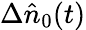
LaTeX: \Delta\hat{n}_{0}(t)